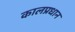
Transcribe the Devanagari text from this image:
कालप्रधान